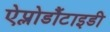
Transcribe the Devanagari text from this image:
ऐप्लोडौंटाइडी